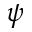
\boldsymbol { \psi }